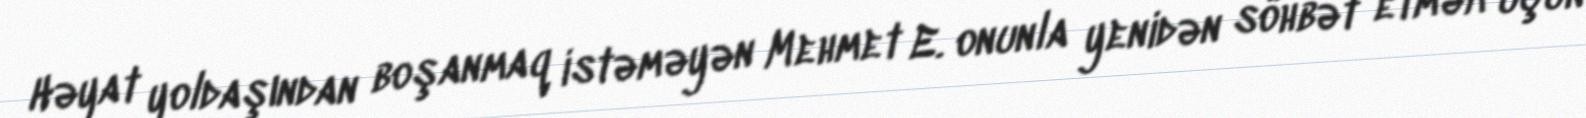
Həyat yoldaşından boşanmaq istəməyən Mehmet E. onunla yenidən söhbət etmək üçün